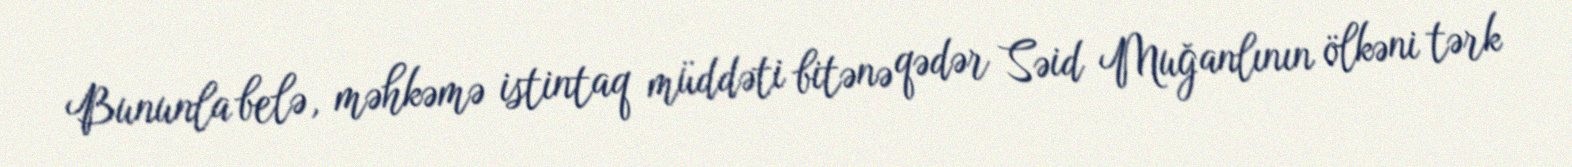
Bununla belə, məhkəmə istintaq müddəti bitənə qədər Səid Muğanlının ölkəni tərk